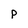
Character: p